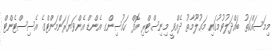
މިމަސައްކަތު ބައްދަލުވުމުގައި މަޢުލޫމާތު ދެއްވީ މިނިސްޓްރި އޮފް ހައުސިންގ އެންޑް އެންވަޔަރަންމަންޓްގެ އެސިސްޓެންޓް